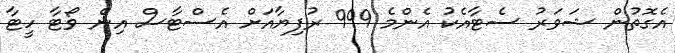
އެގޮތުން ޝަވަރު ސެޓާއެކު އެންމެ 999 ރުފިޔާއަށް އެސްޓާސް އިން ވޯޓާ ހީޓާ